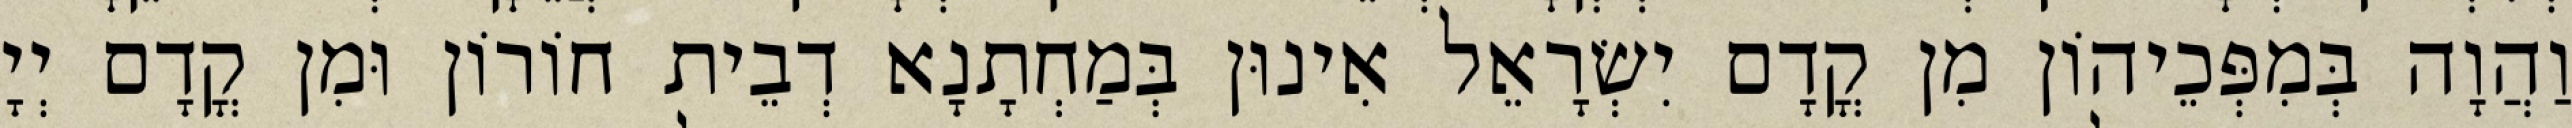
וַהֲוָה בְּמִפְּכֵיהוֹן מִן קֳדָם יִשְׂרָאֵל אִינוּן בְּמַחְתָנָא דְבֵית חוֹרוֹן וּמִן קֳדָם יְיָ